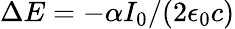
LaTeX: \Delta E=-\alpha I_{0}/(2\epsilon_{0}c)